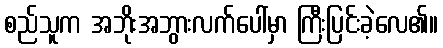
စည်သူက အဘိုးအဘွားလက်ပေါ်မှာ ကြီးပြင်းခဲ့လေ၏။